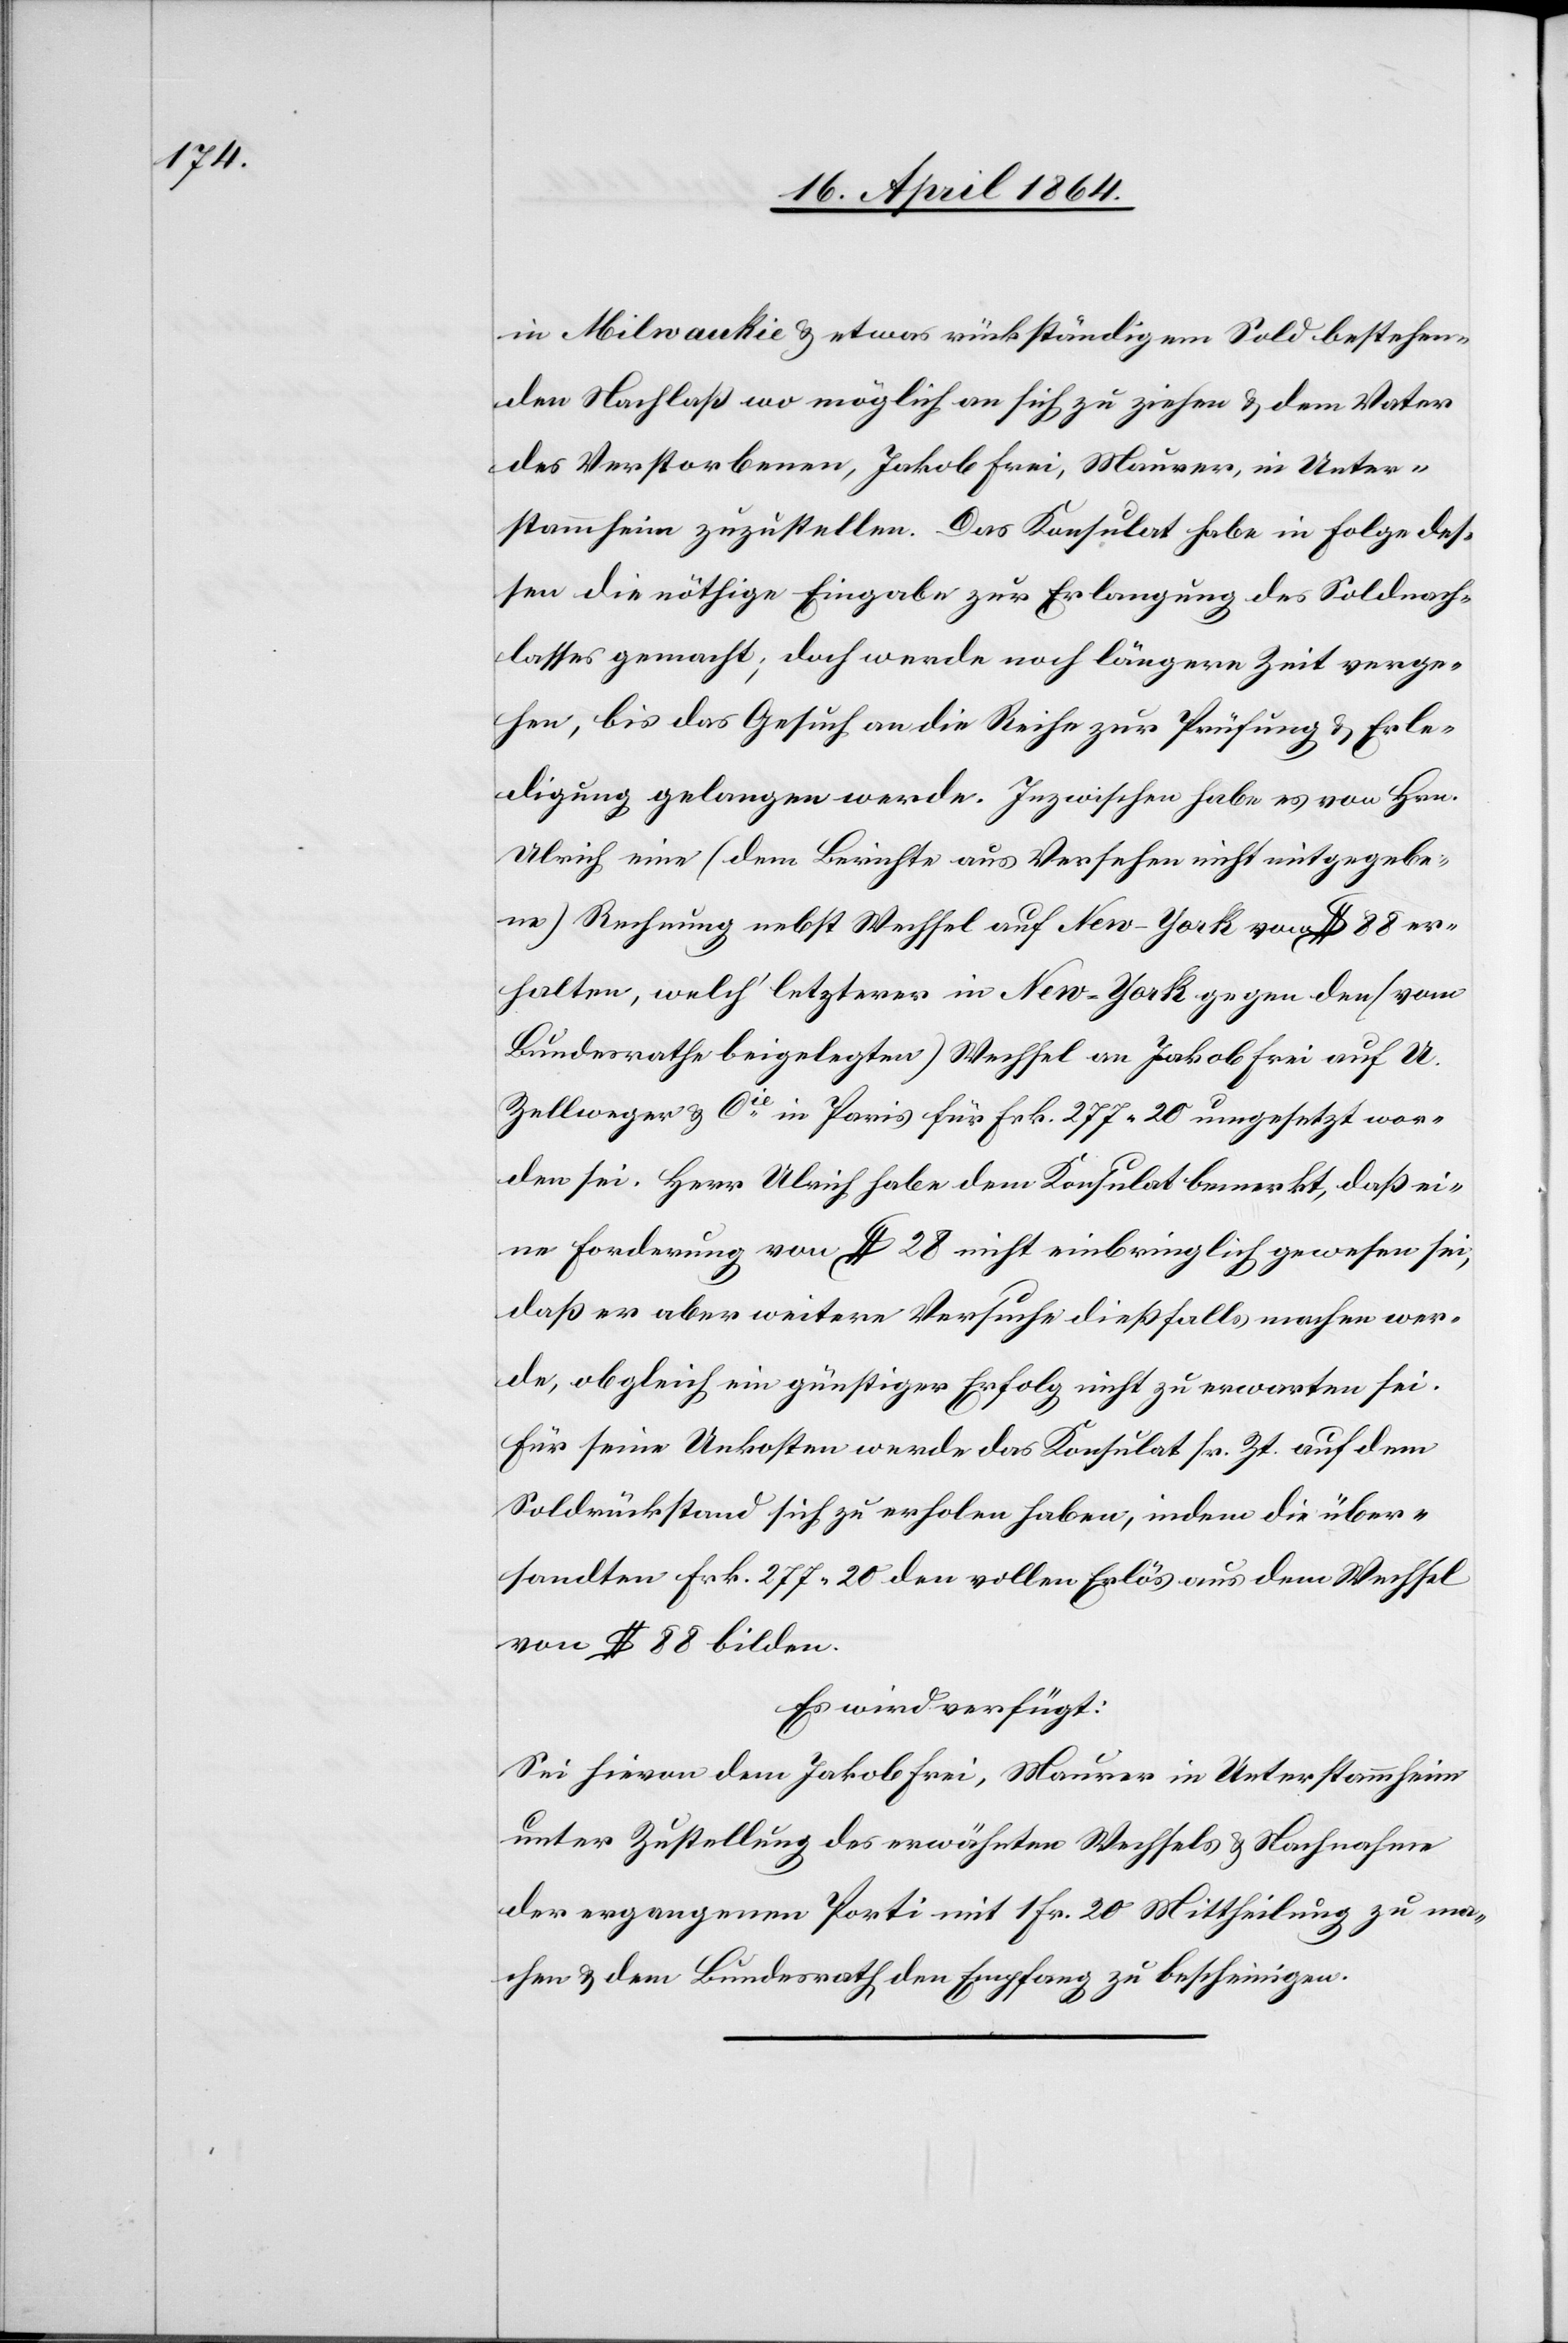
in Milwaukie u. etwas rückständigem Sold bestehen¬
den Nachlaß wo möglich an sich zu ziehen u. dem Vater
des Verstorbenen, Jakob Frei, Maurer, in Unter¬
stammheim zuzustellen. Das Konsulat habe in Folge des¬
sen die nöthige Eingabe zur Erlangung des Soldnach¬
lasses gemacht; doch werde noch längere Zeit verge¬
hen, bis das Gesuch an die Reihe zur Prüfung u. Erle¬
digung gelangen werde. Inzwischen habe es von Hrn.
Ulrich eine (dem Berichte aus Versehen nicht mitgegebe¬
ne) Rechnung nebst Wechsel auf New-York von $ 88 er¬
halten, welch’ letzterer in New-York gegen den (vom
Bundesrathe beigelegten) Wechsel an Jakob Frei auf U.
Zellweger & Cie in Paris für Frk. 277 20 umgesetzt wor¬
den sei. Herr Ulrich habe dem Konsulat bemerkt, daß ei¬
ne Forderung von $ 28 nicht einbringlich gewesen sei;
daß er aber weitere Versuche dießfalls machen wer¬
de, obgleich ein günstiger Erfolg nicht zu erwarten sei.
Für seine Unkosten werde das Konsulat sr. Zt. auf dem
Soldrückstand sich zu erholen haben, indem die über¬
sandten Frk. 277 20 den vollen Erlös aus dem Wechsel
von $ 88 bilden.
Es wird verfügt:
sei hievon dem Jakob Frei, Maurer in Unterstammheim
unter Zustellung des erwähnten Wechsels u. Nachnahme
der ergangenen Porti mit 1. Fr. 20 Mittheilung zu ma¬
chen u. dem Bundesrath den Empfang zu bescheinigen.